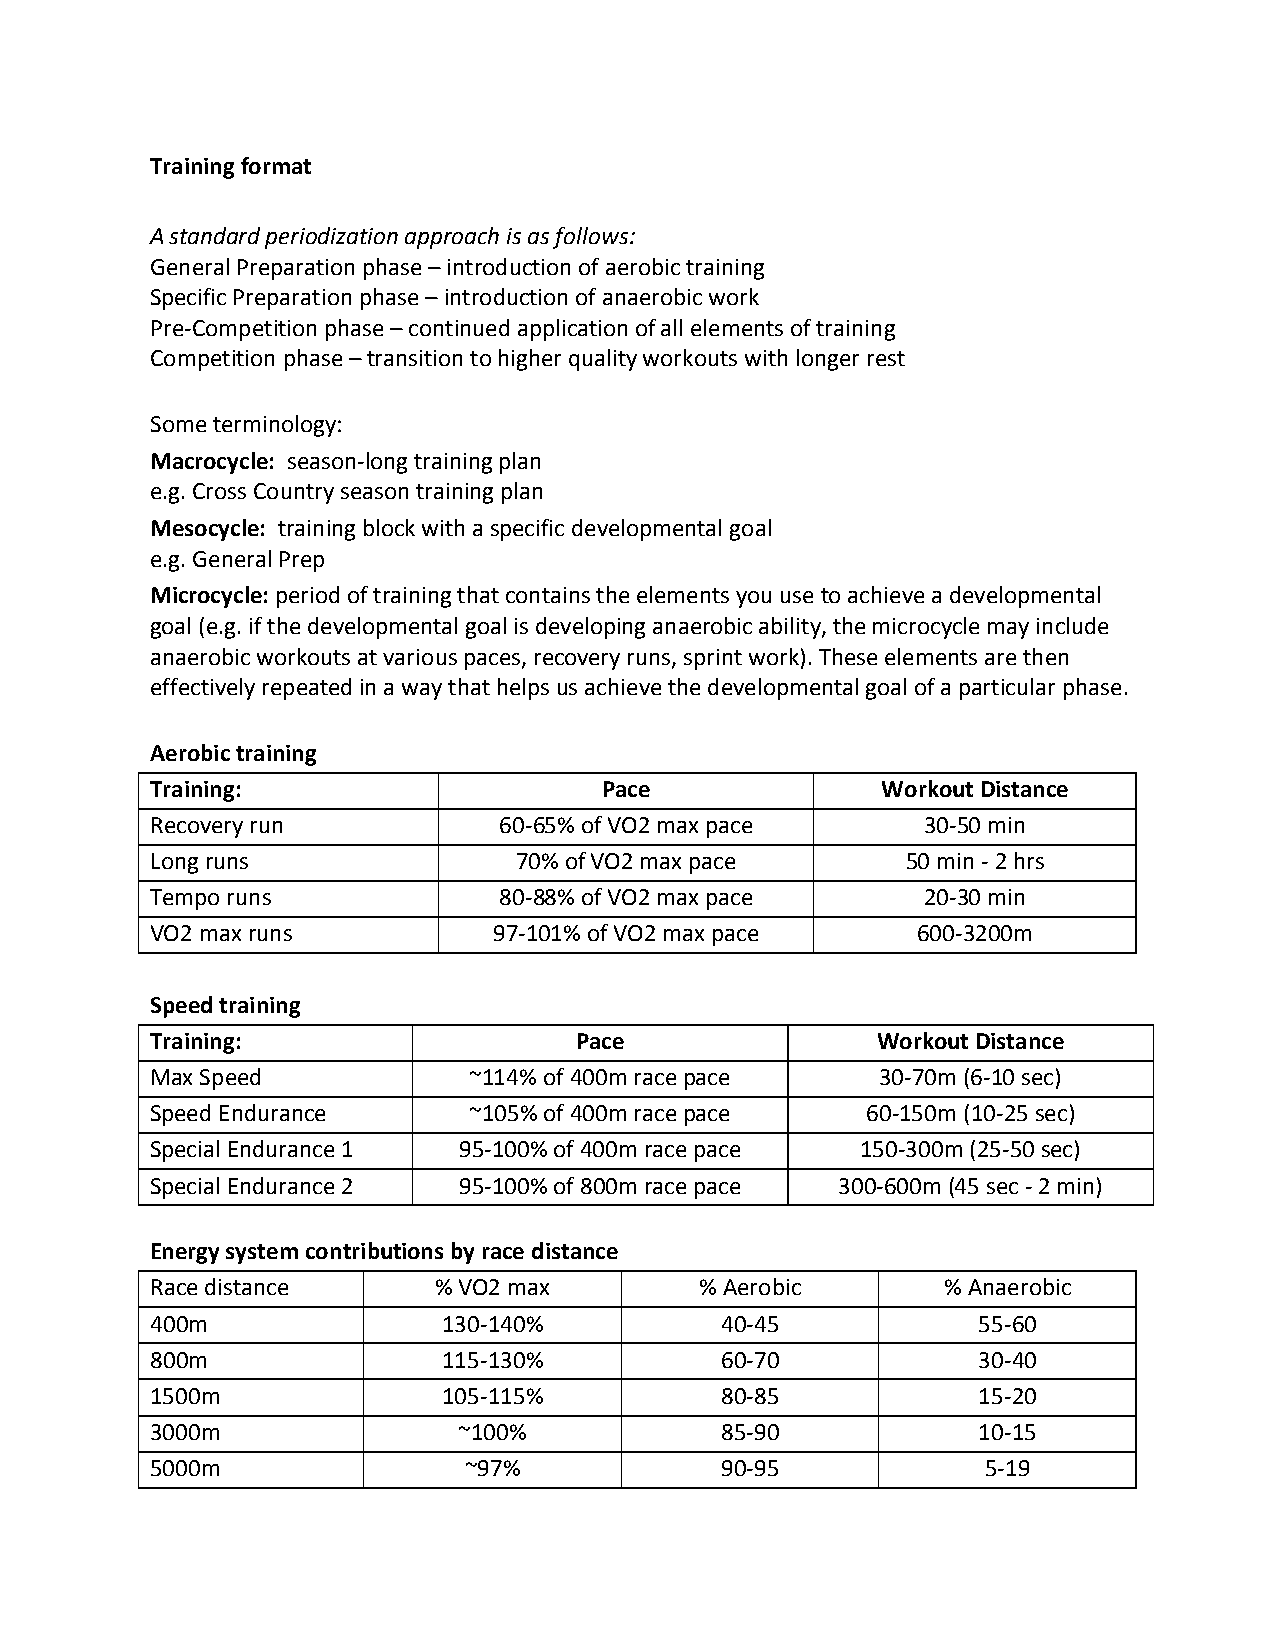
Training format
 A standard periodization approach is as follows:
 General Preparation phase – introduction of aerobic training
 Specific Preparation phase – introduction of anaerobic work
 Pre-Competition phase – continued application of all elements of training
 Competition phase – transition to higher quality workouts with longer rest
 Some terminology:
 Macrocycle: season-long training plan
 e.g. Cross Country season training plan
 Mesocycle: training block with a specific developmental goal
 e.g. General Prep
 Microcycle: period of training that contains the elements you use to achieve a developmental
 goal (e.g. if the developmental goal is developing anaerobic ability, the microcycle may include
 anaerobic workouts at various paces, recovery runs, sprint work). These elements are then
 effectively repeated in a way that helps us achieve the developmental goal of a particular phase.
 Aerobic training
 Training:                     Pace              Workout Distance
 Recovery run           60-65% of VO2 max pace      30-50 min
 Long runs               70% of VO2 max pace       50 min - 2 hrs
 Tempo runs             80-88% of VO2 max pace      20-30 min
 VO2 max runs           97-101% of VO2 max pace     600-3200m
 Speed training
 Training:                   Pace                Workout Distance
 Max Speed            ~114% of 400m race pace    30-70m (6-10 sec)
 Speed Endurance      ~105% of 400m race pace   60-150m (10-25 sec)
 Special Endurance 1 95-100% of 400m race pace  150-300m (25-50 sec)
 Special Endurance 2 95-100% of 800m race pace 300-600m (45 sec - 2 min)
 Energy system contributions by race distance
 Race distance      % VO2 max        % Aerobic        % Anaerobic
 400m               130-140%           40-45            55-60
 800m               115-130%           60-70            30-40
 1500m              105-115%           80-85            15-20
 3000m               ~100%             85-90            10-15
 5000m                ~97%             90-95            5-19